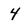
Character: 4